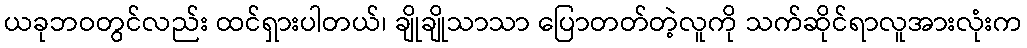
ယခုဘဝတွင်လည်း ထင်ရှားပါတယ်၊ ချိုချိုသာသာ ပြောတတ်တဲ့လူကို သက်ဆိုင်ရာလူအားလုံးက